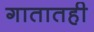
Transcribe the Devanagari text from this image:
गातातही